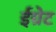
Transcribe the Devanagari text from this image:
ईग्रेट